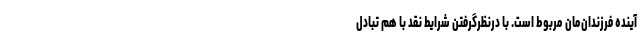
آینده فرزندان‌مان مربوط است. با در‌نظر‌گرفتن شرایط نقد با هم تبادل